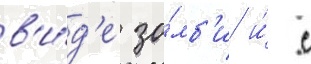
в'и́д'е зо́мб'и и́ с